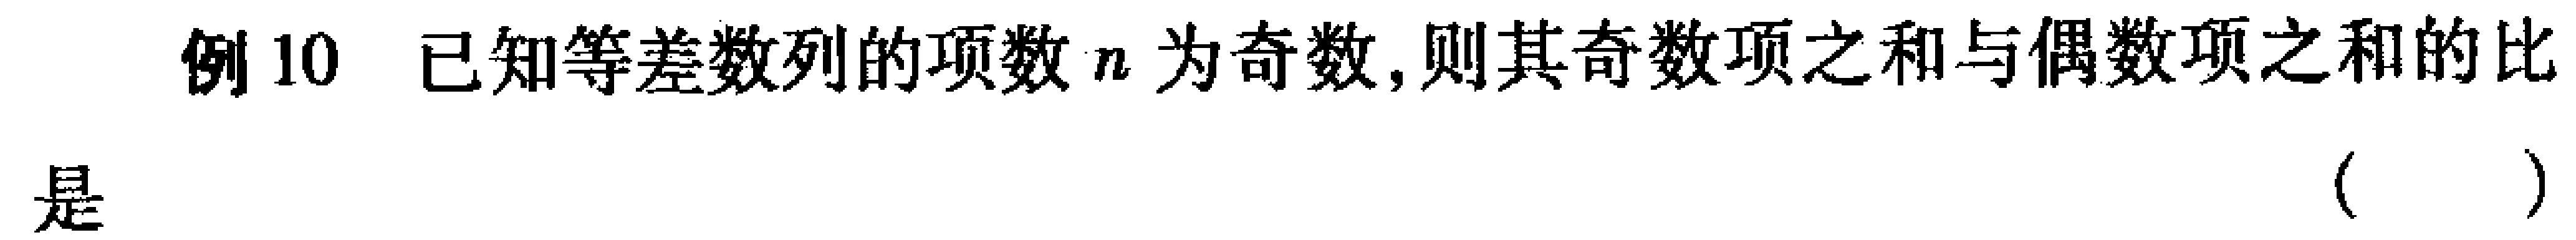
例10 已知等差数列的项数\(n\)为奇数,则其奇数项之和与偶数项之和的比是 （  ）